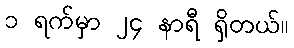
၁ ရက်မှာ ၂၄ နာရီ ရှိတယ်။